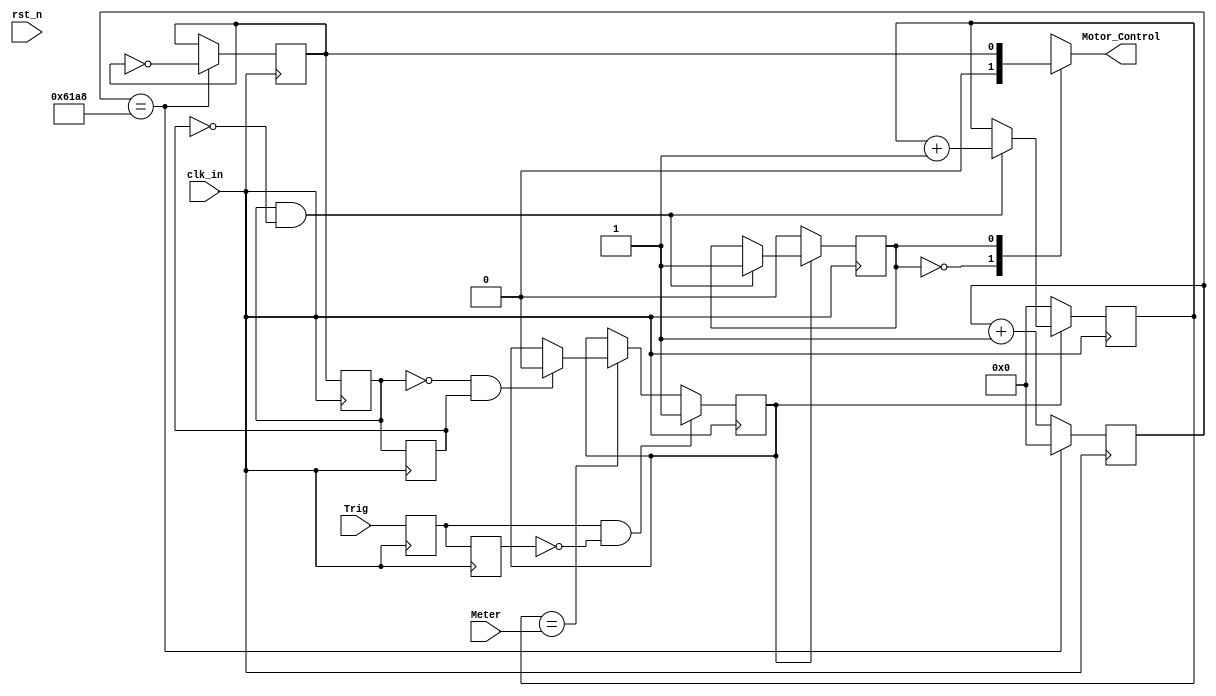
/********************************************
wire             Motor_Control;
Motor_driver Motor_driver_u(
    .clk_in(clk_50m),
    .rst_n(1'd1),
    .Trig(Trig),
    .Meter(16'd4),

    .Motor_Control(Motor_Control)
);
********************************************/
module Motor_driver (
    input         clk_in,
    input         rst_n,
    input         Trig,
    input  [15:0] Meter,

    output  reg   Motor_Control
);

parameter MAIN_FRE  = 50000000;
parameter MOTOR_FRE = 1000;
parameter SET_TIME  = MAIN_FRE/MOTOR_FRE/2;

/***************************************************/
//define the data lock
reg  Trig_SIG = 0;
reg  Trig_SIG_buf = 0;
wire Trig_SIG_pose =  Trig_SIG & ~Trig_SIG_buf;
wire Trig_SIG_nege =  ~Trig_SIG & Trig_SIG_buf;

always@(posedge clk_in) begin
    Trig_SIG <= Trig;
    Trig_SIG_buf <= Trig_SIG;
end
/***************************************************/

/***************************************************/
//define the time counter
reg [15:0]      cnt0 = 0;
reg             Motor_Control_r = 0;

always@(posedge clk_in) begin
    if (cnt0 == SET_TIME) begin
        cnt0 <= 15'd0;                   
        Motor_Control_r <= ~Motor_Control_r;
    end
    else
        cnt0 <= cnt0 + 1'd1;          
end
/***************************************************/

/***************************************************/
//define the data lock
reg  motor_sig = 0;
reg  motor_sig_buf = 0;
wire motor_sig_pose =  motor_sig & ~motor_sig_buf;
wire motor_sig_nege =  ~motor_sig & motor_sig_buf;
always@(posedge clk_in) begin
    motor_sig <= Motor_Control_r;
    motor_sig_buf <= motor_sig;
end
/***************************************************/

/***************************************************/
//define the time counter
reg [15:0]      cnt1 = 0;
reg             CNT_CE = 0;
always@(posedge clk_in) begin
	if (Trig_SIG_pose) begin
		CNT_CE <= 1'd1;
	end
	else if(cnt1 == Meter) begin
		if (motor_sig_nege) begin
			CNT_CE <= 1'd0;
		end
		else begin
			CNT_CE <= CNT_CE;
		end
	end
	else begin
		CNT_CE <= CNT_CE;
	end
end
/***************************************************/
reg             MOTOR_CE = 0;
always @(posedge clk_in) begin
	if (CNT_CE) begin
		if (motor_sig_pose) begin
	    	cnt1 <= cnt1 + 1'd1;            //cnt1 counter = cnt1 counter + 1
	        MOTOR_CE <= 1'd1;
		end
		else begin
			MOTOR_CE <= MOTOR_CE;
		end
	end
	else begin
		cnt1 <= 16'd0; 
		MOTOR_CE <= 1'd0;
	end
end

always @(*) begin
	case (MOTOR_CE) 
	    1'b0    :   begin Motor_Control <= 1'b0; end
	    1'b1    :   begin Motor_Control <= Motor_Control_r; end
	    default :   begin Motor_Control <= 1'b0; end
	endcase
end


endmodule